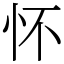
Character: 怀